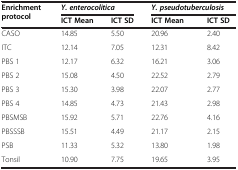
| <ROWSPAN=2> Enrichment protocol | <COLSPAN=2> Y. enterocolitica | <COLSPAN=2> Y. pseudotuberculosis |
 | ICT Mean | ICT SD | ICT Mean | ICT SD |
 | --- | --- | --- | --- | --- |
 | CASO | 14.85 | 5.50 | 20.96 | 2.40 |
 | ITC | 12.14 | 7.05 | 12.31 | 8.42 |
 | PBS 1 | 12.17 | 6.32 | 16.21 | 3.06 |
 | PBS 2 | 15.08 | 4.50 | 22.52 | 2.79 |
 | PBS 3 | 15.30 | 3.98 | 22.07 | 2.77 |
 | PBS 4 | 14.85 | 4.73 | 21.43 | 2.98 |
 | PBSMSB | 15.92 | 5.71 | 22.76 | 4.16 |
 | PBSSSB | 15.51 | 4.49 | 21.17 | 2.15 |
 | PSB | 11.33 | 5.32 | 13.80 | 1.98 |
 | Tonsil | 10.90 | 7.75 | 19.65 | 3.95 |